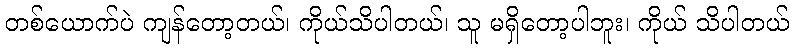
တစ်ယောက်ပဲ ကျန်တော့တယ်၊ ကိုယ်သိပါတယ်၊ သူ မရှိတော့ပါဘူး၊ ကိုယ် သိပါတယ်